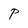
Character: P